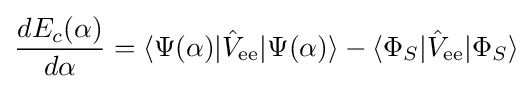
{\frac {dE_{c}(\alpha )}{d\alpha }}=\langle \Psi (\alpha )|{\hat {V}}_{\text{ee}}|\Psi (\alpha )\rangle -\langle \Phi _{S}|{\hat {V}}_{\text{ee}}|\Phi _{S}\rangle